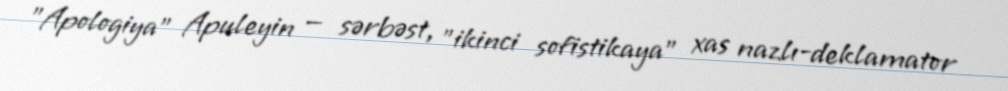
"Apologiya" Apuleyin — sərbəst, "ikinci sofistikaya" xas nazlı-deklamator